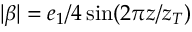
| \beta | = e _ { 1 } / 4 \sin ( 2 \pi z / z _ { T } )